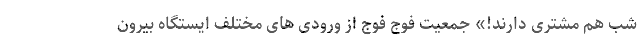
شب هم مشتری دارند!» جمعیت فوج فوج از ورودی های مختلف ایستگاه بیرون